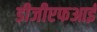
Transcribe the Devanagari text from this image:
डीजीएफआई